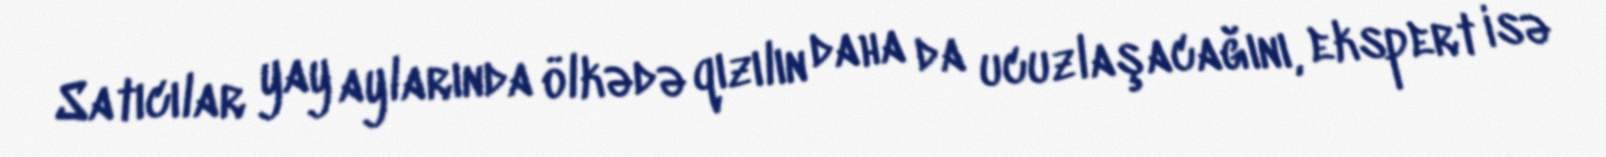
Satıcılar yay aylarında ölkədə qızılın daha da ucuzlaşacağını, ekspert isə